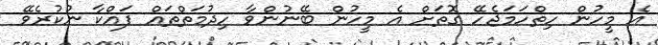
އެ މީހުން ހިތްހަމަޖެހޭ ގޮތަށް އެ މީހުން ބޭނުންވާ ހިދުމަތްތައް ފައްކާ ނުކުރެވޭ